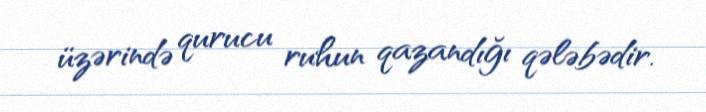
üzərində qurucu ruhun qazandığı qələbədir.